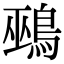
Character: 鵐